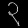
Digit: ၃